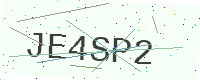
Text: JE4SP2